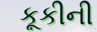
કૂકીની